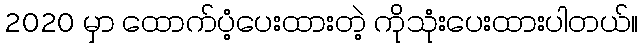
2020 မှာ ထောက်ပံ့ပေးထားတဲ့ ကိုသုံးပေးထားပါတယ်။